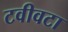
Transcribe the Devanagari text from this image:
टवीवटा